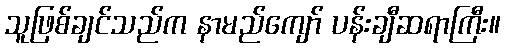
သူဖြစ်ချင်သည်က နာမည်ကျော် ပန်းချီဆရာကြီး။